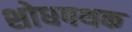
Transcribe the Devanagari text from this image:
शोधपथक